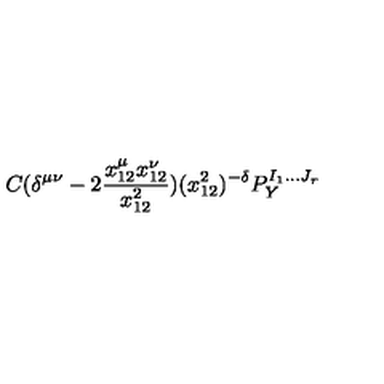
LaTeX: C ( \delta ^ { \mu \nu } - 2 \frac { x _ { 1 2 } ^ { \mu } x _ { 1 2 } ^ { \nu } } { x _ { 1 2 } ^ { 2 } } ) ( x _ { 1 2 } ^ { 2 } ) ^ { - \delta } P _ { Y } ^ { I _ { 1 } . . . J _ { r } }